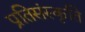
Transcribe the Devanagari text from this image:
प्रतिसंस्कृति